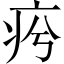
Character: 𤵕